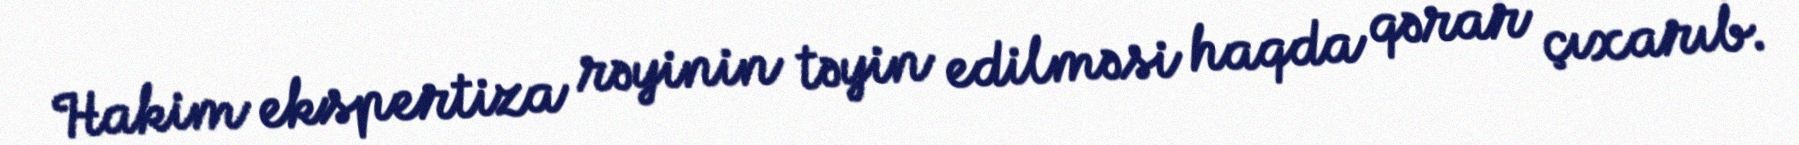
Hakim ekspertiza rəyinin təyin edilməsi haqda qərar çıxarıb.